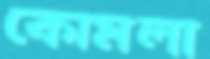
কোমলা